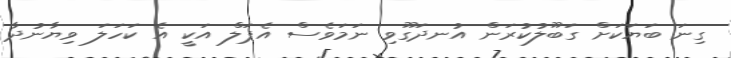
ގިނަ ބަޔަކަށް ގަބޫލުކުރަން އުނދަގޫވި ނަމަވެސް އެޕަލް އަކީ އެ ކަހަލަ ވިޔާނުދާ